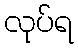
လုပ်ရ